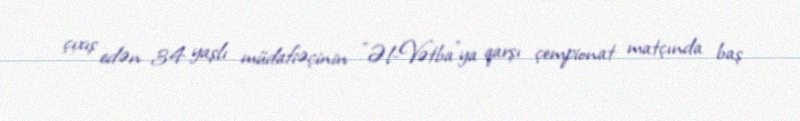
çıxış edən 34 yaşlı müdafiəçinin "Əl-Vətba"ya qarşı çempionat matçında baş